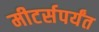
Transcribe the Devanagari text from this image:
मीटर्सपर्यंत